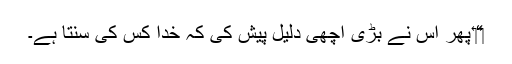
‏“‏ پھر اُس نے بڑی اچھی دلیل پیش کی کہ خدا کس کی سنتا ہے۔